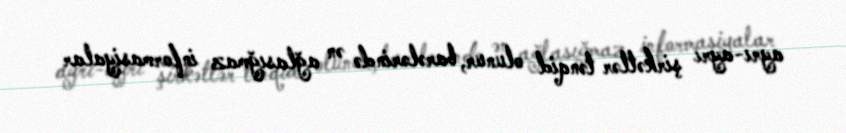
ayrı-ayrı şirkətlər tənqid olunur, barələrində ən ağlasığmaz informasiyalar